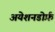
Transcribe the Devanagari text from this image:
अयेशनडोर्फ़